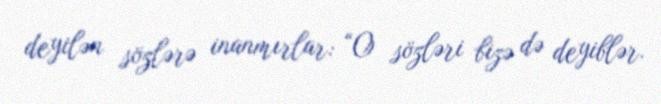
deyilən sözlərə inanmırlar: “O sözləri bizə də deyiblər.